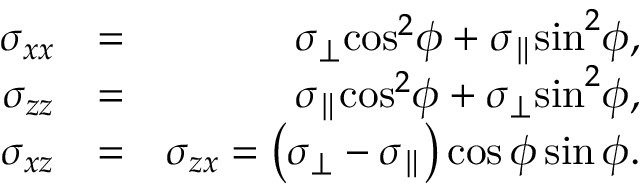
\begin{array} { r l r } { { \sigma _ { x x } } } & { = } & { { \sigma _ { \perp } } { \cos ^ { 2 } } \phi + { \sigma _ { \parallel } } { \sin ^ { 2 } } \phi , } \\ { { \sigma _ { z z } } } & { = } & { { \sigma _ { \parallel } } { \cos ^ { 2 } } \phi + { \sigma _ { \perp } } { \sin ^ { 2 } } \phi , } \\ { { \sigma _ { x z } } } & { = } & { { \sigma _ { z x } } = \left( { { \sigma _ { \perp } } - { \sigma _ { \parallel } } } \right) \cos \phi \sin \phi . } \end{array}